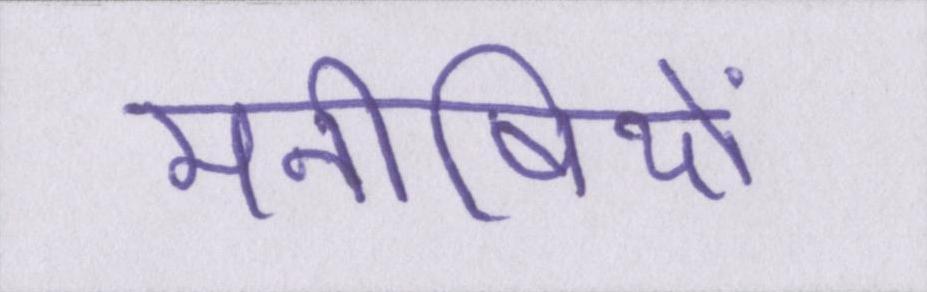
मनीषियों